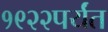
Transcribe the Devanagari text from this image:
१९२२पर्यंत